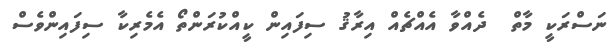
ނަސްރަކީ މާތް  ދެއްވާ އެއްޗެއް އިރާޤު ސިފައިން ކީއްކުރަންތޯ އެމެރިކާ ސިފައިންވެސް